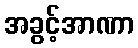
အခွင့်အာဏာ